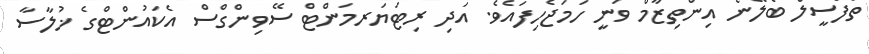
ތަފްސީލް ބެލޭނެ އިންތިޒާމް ވަނީ ހަމަޖެހިފައެވެ. އަދި ރިޓަޔަރމަންޓް ސޭވިންގްސް އެކައުންޓްގެ ޚުލާސާ